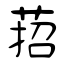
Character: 萔